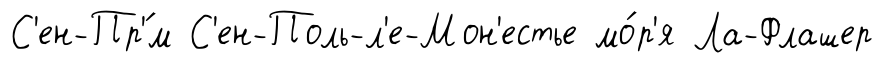
С'ен-Пр'́м С'ен-Поль-л'е-Мон'естье мо́р'я Ла-Флашер